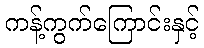
ကန့်ကွက်ကြောင်းနှင့်